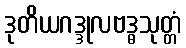
ဒုတိယဂဒ္ဒုလဗဒ္ဓသုတ္တံ